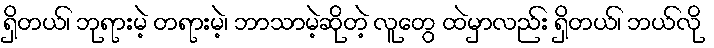
ရှိတယ်၊ ဘုရားမဲ့ တရားမဲ့၊ ဘာသာမဲ့ဆိုတဲ့ လူတွေ ထဲမှာလည်း ရှိတယ်၊ ဘယ်လို